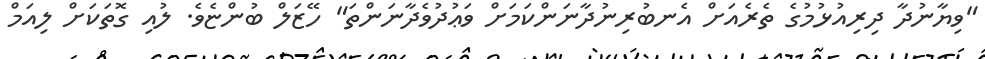
"ވިޔާނުދާ ދިރިއުޅުމުގެ ތެރެއަށް އެނބުރިނުދާނަންކަމަށް ވަޢުދުވެދާނަންތަ" ހޭޒަލް ބުންޏެވެ. ލުއި ގޮތަކަށް ލިއަމް